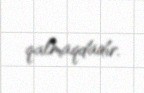
qalmaqdadır.